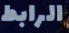
الرابط